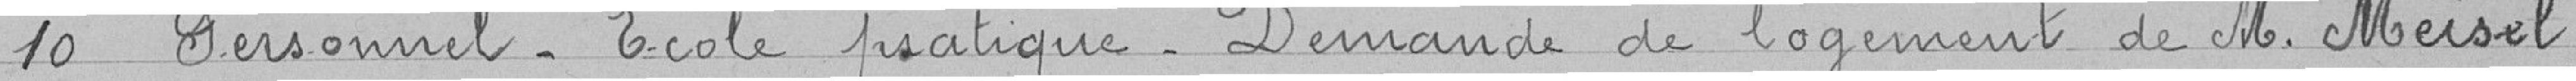
10 Personnel. Ecole pratique. Demande de logement de M. Meisel